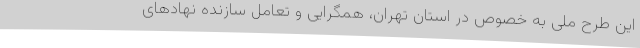
این طرح ملی به خصوص در استان تهران، همگرایی و تعامل سازنده نهادهای